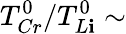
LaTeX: T_{Cr}^{0}/T_{L\mathbf{i}}^{0}\sim